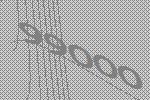
99000